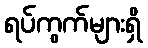
ရပ်ကွက်များရှိ